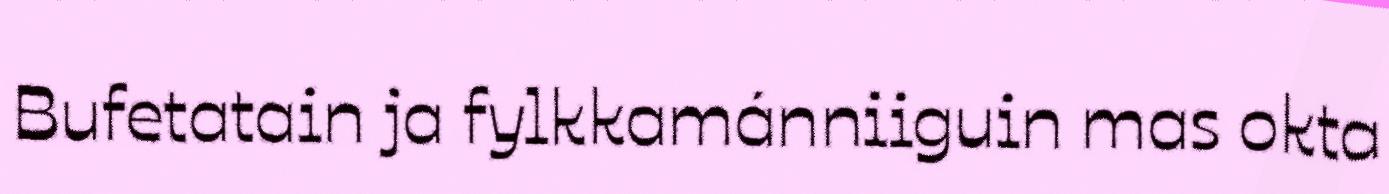
Bufetatain ja fylkkamánniiguin mas okta